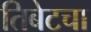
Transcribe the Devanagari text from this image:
तिबेटचा